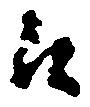
江